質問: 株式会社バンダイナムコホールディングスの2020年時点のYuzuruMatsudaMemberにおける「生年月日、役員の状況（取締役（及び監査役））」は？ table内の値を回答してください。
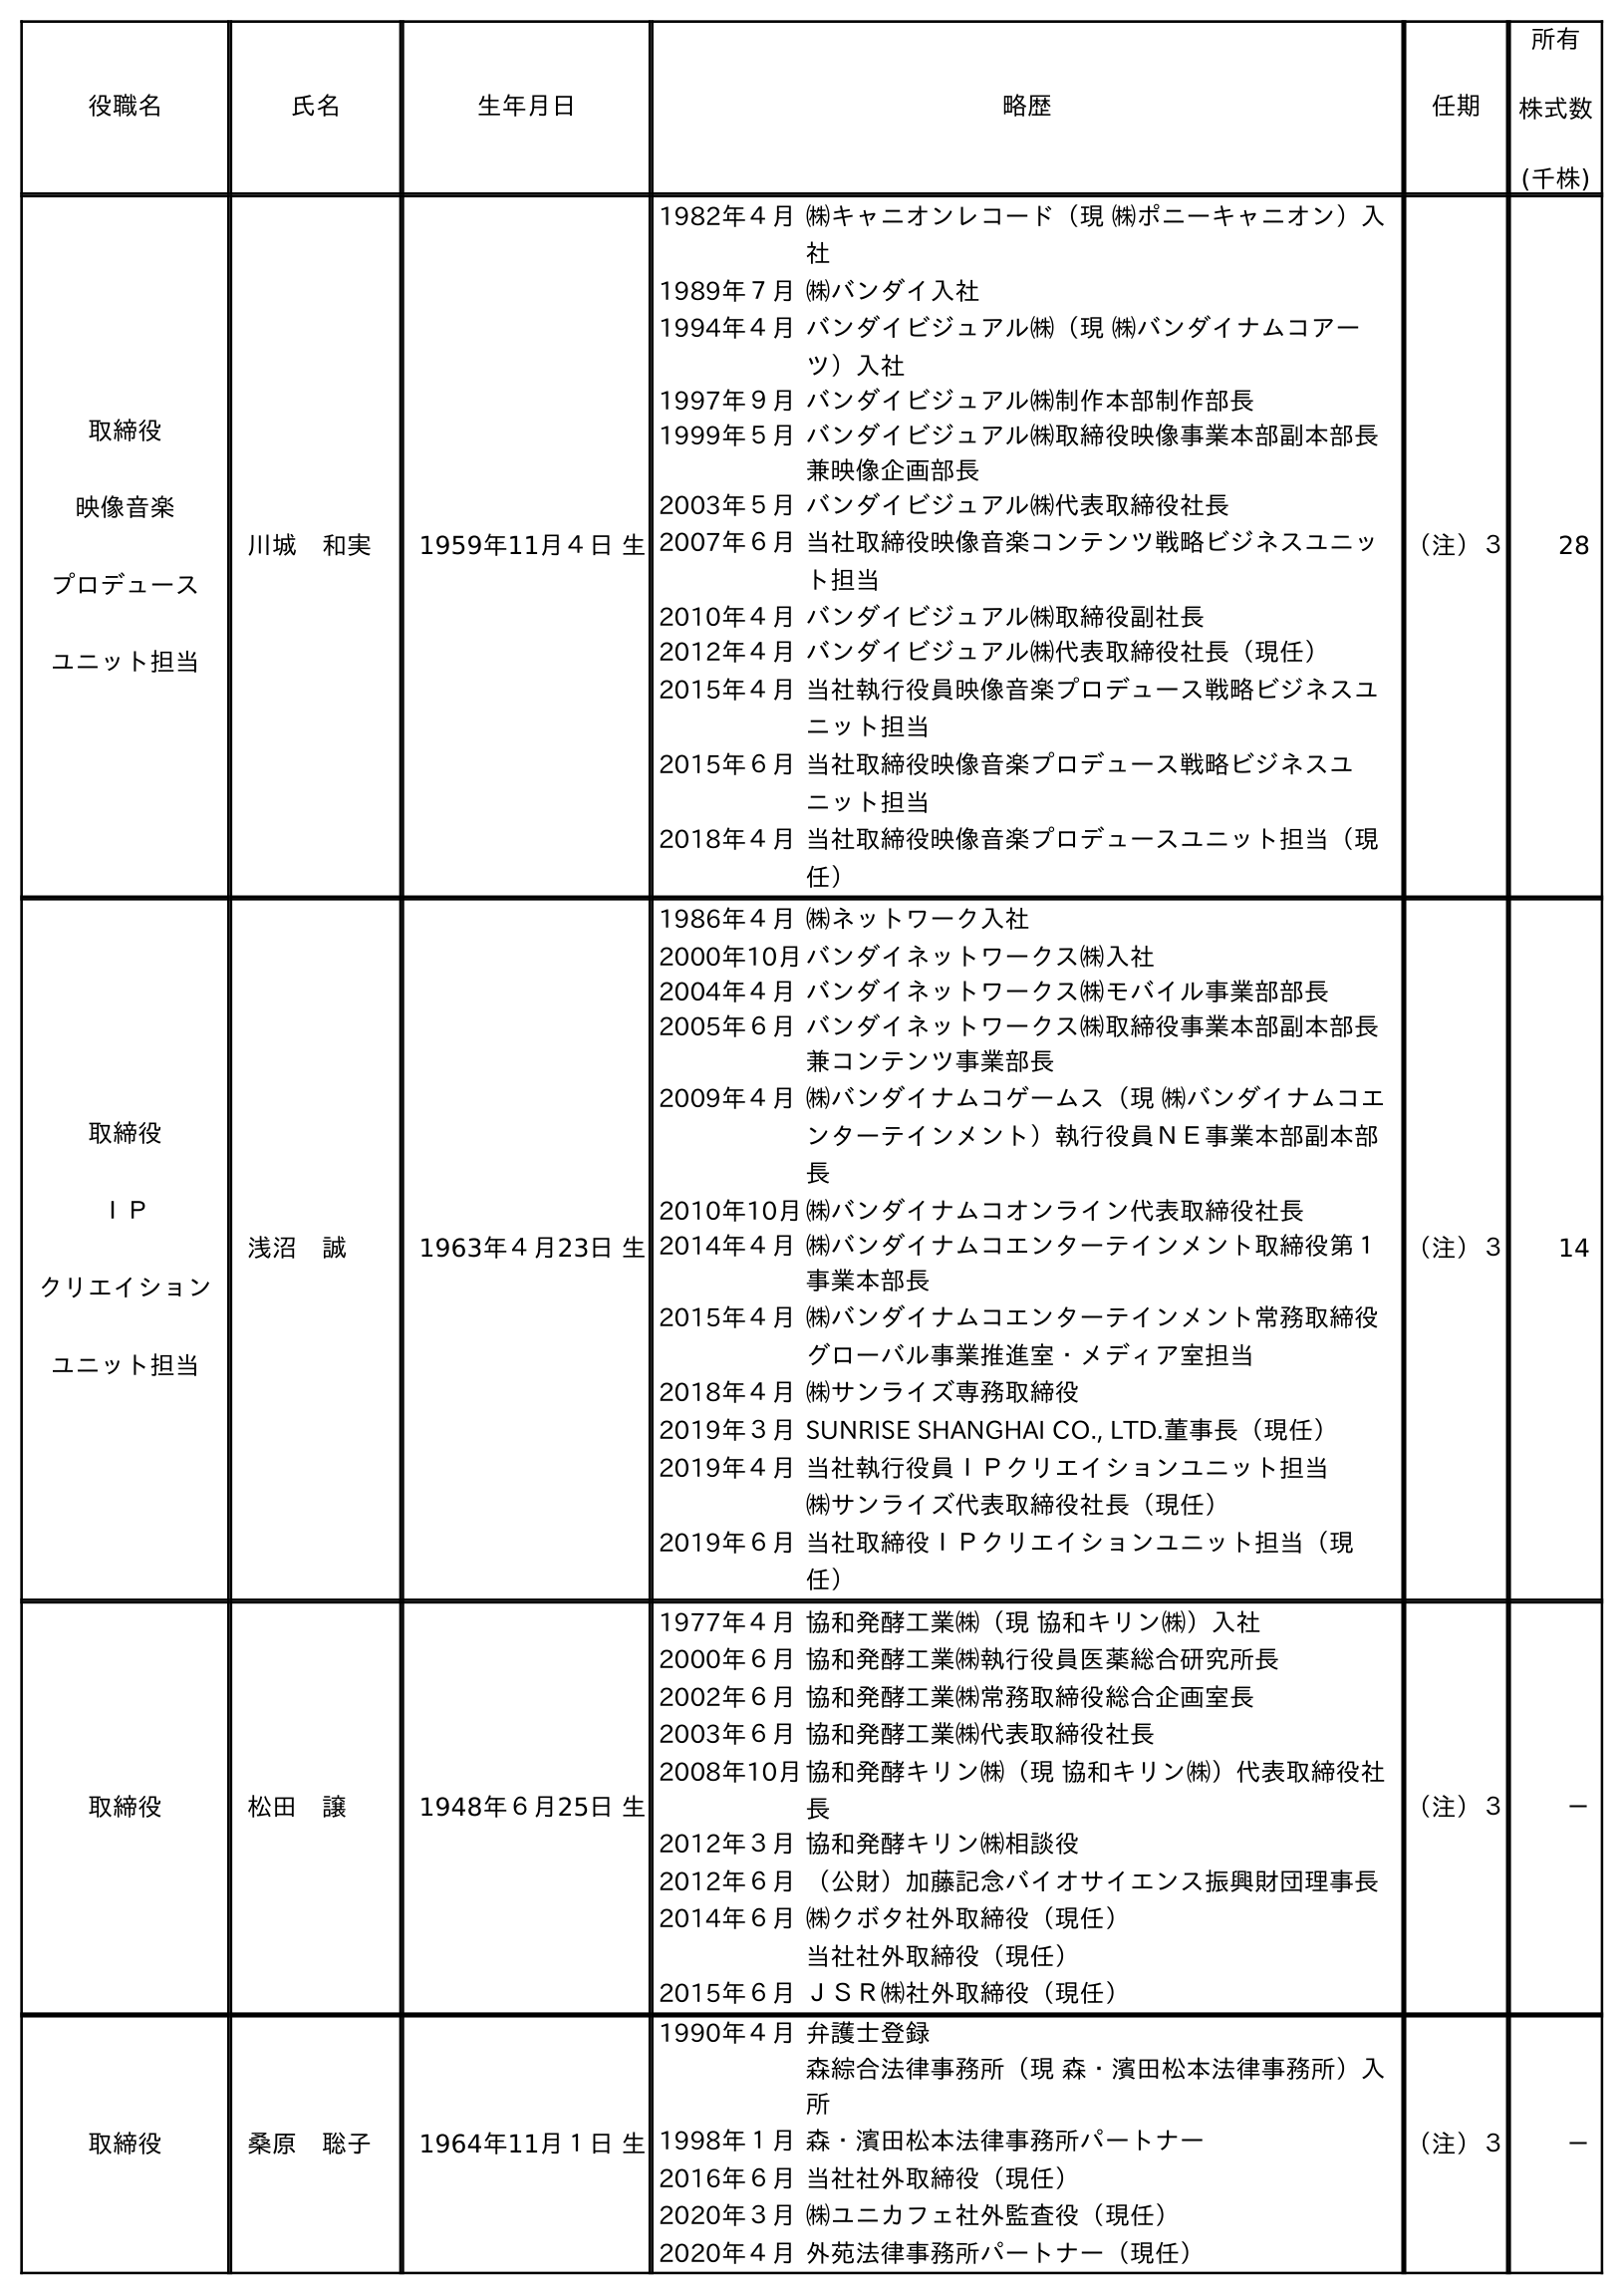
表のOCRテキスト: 役職名 氏名 生年月日 略歴 任期 所有 株式数 (千株) 取締役 映像音楽 プロデュース ユニット担当 川城 和実 1959年11月４日 生 1982年４月㈱キャニオンレコード（現 ㈱ポニーキャニオン）入 社 1989年７月㈱バンダイ入社 1994年４月バンダイビジュアル㈱（現 ㈱バンダイナムコアー ツ）入社 1997年９月バンダイビジュアル㈱制作本部制作部長 1999年５月バンダイビジュアル㈱取締役映像事業本部副本部長 兼映像企画部長 2003年５月バンダイビジュアル㈱代表取締役社長 2007年６月当社取締役映像音楽コンテンツ戦略ビジネスユニッ ト担当 2010年４月バンダイビジュアル㈱取締役副社長 2012年４月バンダイビジュアル㈱代表取締役社長（現任） 2015年４月当社執行役員映像音楽プロデュース戦略ビジネスユ ニット担当 2015年６月当社取締役映像音楽プロデュース戦略ビジネスユ ニット担当 2018年４月当社取締役映像音楽プロデュースユニット担当（現 任） （注）３ 28 取締役 ＩＰ クリエイション ユニット担当 浅沼 誠 1963年４月23日 生 1986年４月㈱ネットワーク入社 2000年10月バンダイネットワークス㈱入社 2004年４月バンダイネットワークス㈱モバイル事業部部長 2005年６月バンダイネットワークス㈱取締役事業本部副本部長 兼コンテンツ事業部長 2009年４月㈱バンダイナムコゲームス（現 ㈱バンダイナムコエ ンターテインメント）執行役員ＮＥ事業本部副本部 長 2010年10月㈱バンダイナムコオンライン代表取締役社長 2014年４月㈱バンダイナムコエンターテインメント取締役第１ 事業本部長 2015年４月㈱バンダイナムコエンターテインメント常務取締役 グローバル事業推進室・メディア室担当 2018年４月㈱サンライズ専務取締役 2019年３月SUNRISE SHANGHAI CO., LTD.董事長（現任） 2019年４月当社執行役員ＩＰクリエイションユニット担当 ㈱サンライズ代表取締役社長（現任） 2019年６月当社取締役ＩＰクリエイションユニット担当（現 任） （注）３ 14 取締役 松田 譲 1948年６月25日 生 1977年４月協和発酵工業㈱（現 協和キリン㈱）入社 2000年６月協和発酵工業㈱執行役員医薬総合研究所長 2002年６月協和発酵工業㈱常務取締役総合企画室長 2003年６月協和発酵工業㈱代表取締役社長 2008年10月協和発酵キリン㈱（現 協和キリン㈱）代表取締役社 長 2012年３月協和発酵キリン㈱相談役 2012年６月（公財）加藤記念バイオサイエンス振興財団理事長 2014年６月㈱クボタ社外取締役（現任） 当社社外取締役（現任） 2015年６月ＪＳＲ㈱社外取締役（現任） （注）３ － 取締役 桑原 聡子 1964年11月１日 生 1990年４月弁護士登録 森綜合法律事務所（現 森・濱田松本法律事務所）入 所 1998年１月森・濱田松本法律事務所パートナー 2016年６月当社社外取締役（現任） 2020年３月㈱ユニカフェ社外監査役（現任） 2020年４月外苑法律事務所パートナー（現任） （注）３ －
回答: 1948年６月25日生